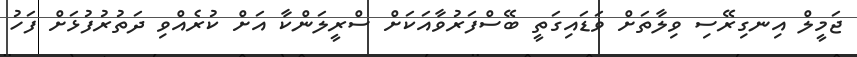
ޖަމީލް އިނގިރޭސި ވިލާތަށް ވަޑައިގަތީ ބޭސްފަރުވާއަކަށް ސްރީލަންކާ އަށް ކުރެއްވި ދަތުރުފުޅަށް ފަހު